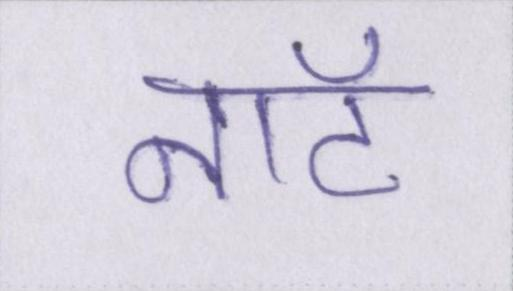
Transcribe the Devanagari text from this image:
नॉट